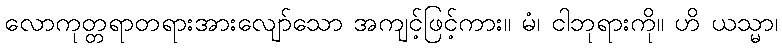
လောကုတ္တရာတရားအားလျော်သော အကျင့်ဖြင့်ကား။ မံ၊ ငါဘုရားကို။ ဟိ ယသ္မာ၊